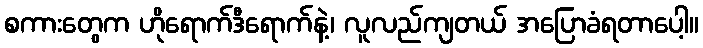
စကားတွေက ဟိုရောက်ဒီရောက်နဲ့၊ လူလည်ကျတယ် အပြောခံရတာပေါ့။